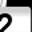
Digit: 2